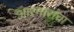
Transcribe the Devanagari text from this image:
आरमारांचा